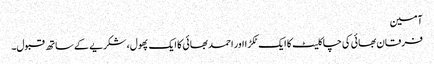
آمین
فرقان بھائی کی چاکلیٹ کا ایک ٹکڑا اور احمد بھائی کا ایک پھول، شکریے کے ساتھ قبول۔